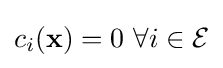
c_{i}(\mathbf {x} )=0~\forall i\in {\mathcal {E}}